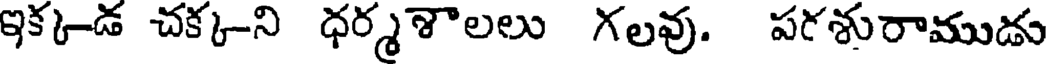
ఇక్క-డ చక్క-ని ధర్మశాలలు గలవు. పరశురాముడు